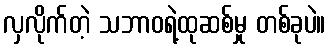
လှလိုက်တဲ့ သဘာဝရဲ့ထုဆစ်မှု တစ်ခုပဲ။